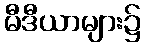
မီဒီယာများ၌